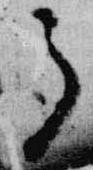
了